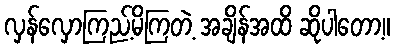
လှန်လှောကြည့်မိကြတဲ့ အချိန်အထိ ဆိုပါတော့။